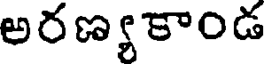
అరణ్యకాండ